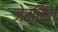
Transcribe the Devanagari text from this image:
जेर्लिंग